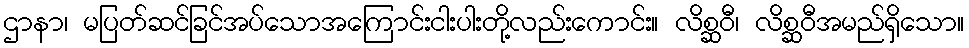
ဌာနာ၊ မပြတ်ဆင်ခြင်အပ်သောအကြောင်းငါးပါးတို့လည်းကောင်း။ လိစ္ဆဝီ၊ လိစ္ဆဝီအမည်ရှိသော။